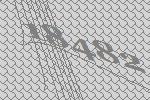
18482